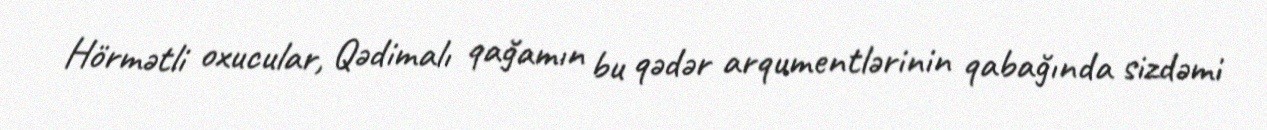
Hörmətli oxucular, Qədimalı qağamın bu qədər arqumentlərinin qabağında sizdəmi